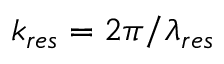
k _ { r e s } = 2 \pi / \lambda _ { r e s }